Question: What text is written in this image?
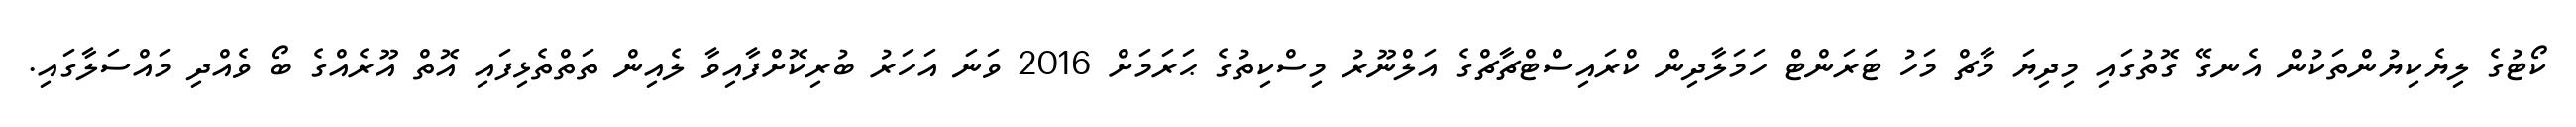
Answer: ކޯޓުގެ ލިޔެކިޔުންތަކުން އެނގޭ ގޮތުގައި މިދިޔަ މާޗް މަހު ޓަރަންޓް ހަމަލާދިން ކްރައިސްޓްޗާޗްގެ އަލްނޫރު މިސްކިތުގެ ޙަރަމަށް 2016 ވަނަ އަހަރު ބުރިކޮށްފާއިވާ ލެއިން ތަތްތެޅިފައި އޮތް އޫރެއްގެ ބޯ ވެއްދި މައްސަލާގައި.